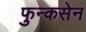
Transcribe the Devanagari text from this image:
फुन्कसेन